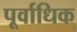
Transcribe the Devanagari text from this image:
पूर्वाधिक